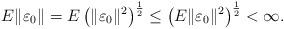
LaTeX: \begin{align*}E\|\varepsilon_{0}\|=E\left( \|\varepsilon_{0}\|^{2} \right) ^{\frac{1}{2}}\leq\left( E\|\varepsilon_{0}\|^{2} \right) ^{\frac{1}{2}}<\infty.\end{align*}